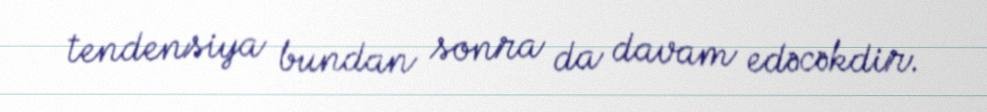
tendensiya bundan sonra da davam edəcəkdir.